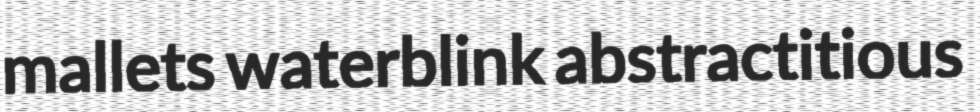
mallets waterblink abstractitious